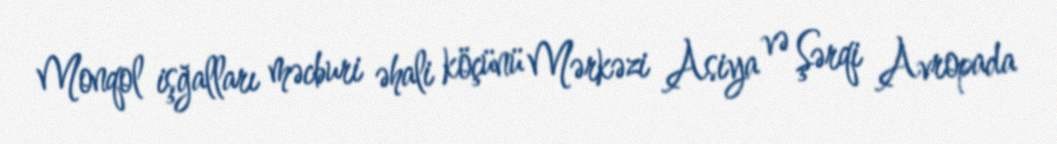
Monqol işğalları məcburi əhali köçünü Mərkəzi Asiya və Şərqi Avropada